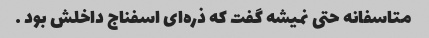
متاسفانه حتی نمیشه گفت که ذره‌ای اسفناج داخلش بود …